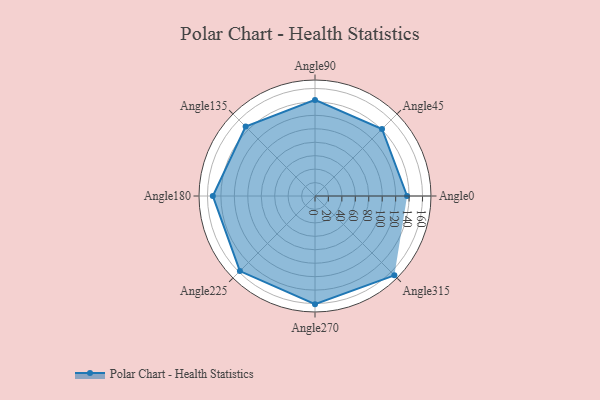
{"axis": {"x": "Angle", "y": "Radius"}, "legend": [""], "data": [{"x": "Angle0", "y": 137.0, "type": ""}, {"x": "Angle45", "y": 141.0, "type": ""}, {"x": "Angle90", "y": 143.0, "type": ""}, {"x": "Angle135", "y": 146.0, "type": ""}, {"x": "Angle180", "y": 152.0, "type": ""}, {"x": "Angle225", "y": 158.0, "type": ""}, {"x": "Angle270", "y": 161.0, "type": ""}, {"x": "Angle315", "y": 167.0, "type": ""}]}